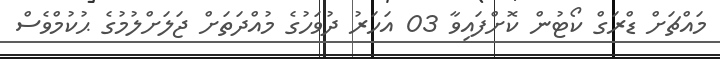
މައްޗަށް ޑްރަގް ކޯޓުން ކޮށްފައިވާ 03 އަހަރު ދުވަހުގެ މުއްދަތަށް ޖަލަށްލުމުގެ ޙުކުމްވެސް